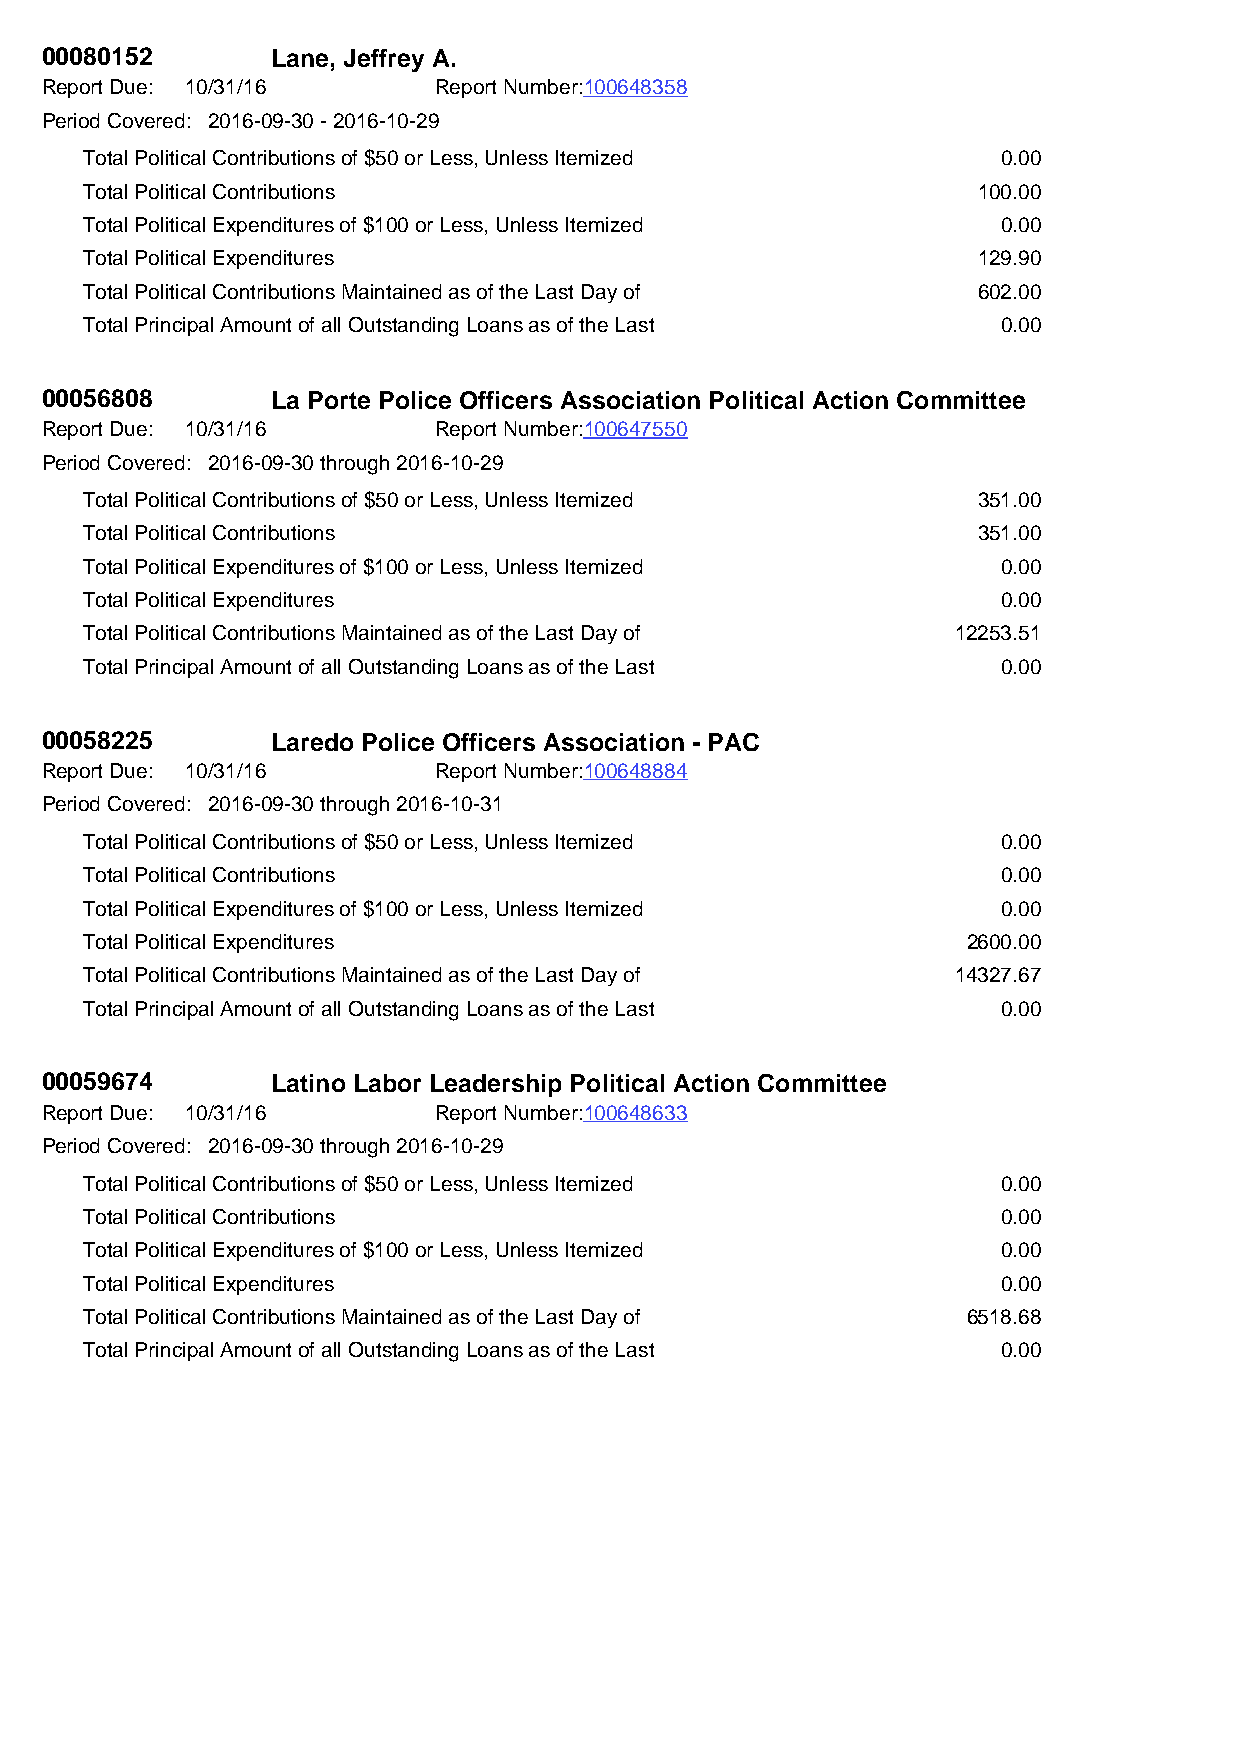
00080152       Lane, Jeffrey A.
 Report Due: 10/31/16      Report Number:100648358
 Period Covered: 2016-09-30 - 2016-10-29
 Total Political Contributions of $50 or Less, Unless Itemized 0.00
 Total Political Contributions                              100.00
 Total Political Expenditures of $100 or Less, Unless Itemized 0.00
 Total Political Expenditures                               129.90
 Total Political Contributions Maintained as of the Last Day of 602.00
 Total Principal Amount of all Outstanding Loans as of the Last 0.00
 00056808       La Porte Police Officers Association Political Action Committee
 Report Due: 10/31/16      Report Number:100647550
 Period Covered: 2016-09-30 through 2016-10-29
 Total Political Contributions of $50 or Less, Unless Itemized 351.00
 Total Political Contributions                              351.00
 Total Political Expenditures of $100 or Less, Unless Itemized 0.00
 Total Political Expenditures                                0.00
 Total Political Contributions Maintained as of the Last Day of 12253.51
 Total Principal Amount of all Outstanding Loans as of the Last 0.00
 00058225       Laredo Police Officers Association - PAC
 Report Due: 10/31/16      Report Number:100648884
 Period Covered: 2016-09-30 through 2016-10-31
 Total Political Contributions of $50 or Less, Unless Itemized 0.00
 Total Political Contributions                               0.00
 Total Political Expenditures of $100 or Less, Unless Itemized 0.00
 Total Political Expenditures                              2600.00
 Total Political Contributions Maintained as of the Last Day of 14327.67
 Total Principal Amount of all Outstanding Loans as of the Last 0.00
 00059674       Latino Labor Leadership Political Action Committee
 Report Due: 10/31/16      Report Number:100648633
 Period Covered: 2016-09-30 through 2016-10-29
 Total Political Contributions of $50 or Less, Unless Itemized 0.00
 Total Political Contributions                               0.00
 Total Political Expenditures of $100 or Less, Unless Itemized 0.00
 Total Political Expenditures                                0.00
 Total Political Contributions Maintained as of the Last Day of 6518.68
 Total Principal Amount of all Outstanding Loans as of the Last 0.00